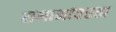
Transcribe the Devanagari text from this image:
समानांतरता